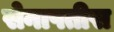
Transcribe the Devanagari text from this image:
सेनापतीस